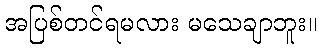
အပြစ်တင်ရမလား မသေချာဘူး။